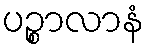
ပဉ္စာလာနံ